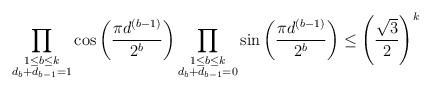
LaTeX: \begin{align*}\prod_{\substack{1\leq b \leq k\\ d_b + d_{b - 1} = 1}} \cos\left(\dfrac{\pi d^{(b - 1)}}{2^{b}}\right)\prod_{\substack{1 \leq b \leq k\\ d_b + d_{b - 1} = 0}} \sin\left(\dfrac{\pi d^{(b - 1)}}{2^{b}}\right) \leq \left(\frac{\sqrt{3}}{2}\right)^k\end{align*}